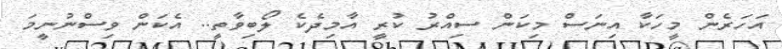
އަހަރެން މީހަކާ އިނަސް މިކަން ސިއްރު ކުރީ އާމިދެކެ ލޯބިވާތީ.. އެކަން ވިސްނުނީމަ